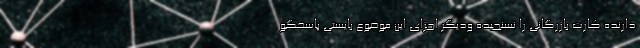
دارنده کارت بازرگانی را نسنجیده ودیگر اجزای این موضوع بایستی پاسخگو